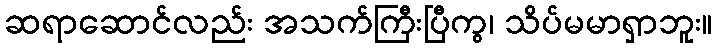
ဆရာဆောင်လည်း အသက်ကြီးပြီကွ၊ သိပ်မမာရှာဘူး။